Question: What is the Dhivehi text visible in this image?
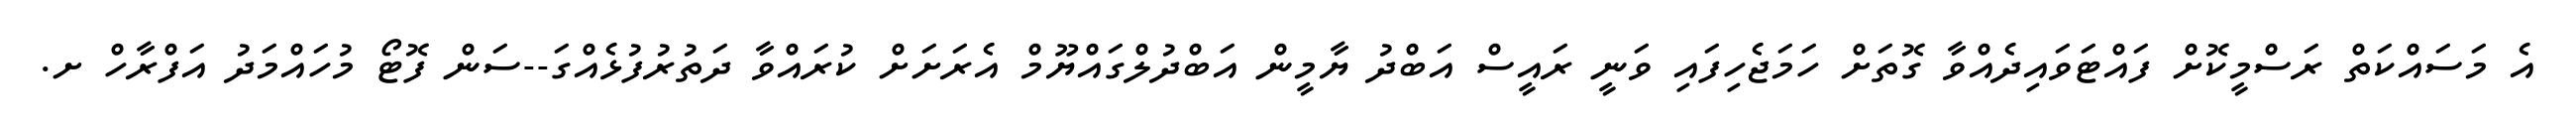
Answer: އެ މަސައްކަތް ރަސްމީކޮށް ފައްޓަވައިދެއްވާ ގޮތަށް ހަމަޖެހިފައި ވަނީ ރައީސް އަބްދު ޔާމީން އަބްދުލްގައްޔޫމް އެރަށަށް ކުރައްވާ ދަތުރުފުޅެއްގަ--ސަން ފޮޓޯ މުހައްމަދު އަފްރާހް ށ.